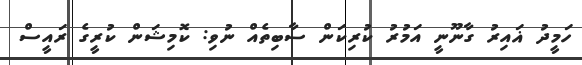
ހަމީދު ޣައިރު ގާނޫނީ އަމުރު ކުރިކަން ސާބިތެއް ނުވި: ކޮމިޝަން ކުރީގެ ރައީސް